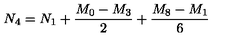
N _ { 4 } = N _ { 1 } + { \frac { M _ { 0 } - M _ { 3 } } { 2 } } + { \frac { M _ { 8 } - M _ { 1 } } { 6 } }